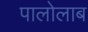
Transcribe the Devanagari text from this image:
पालोलाब